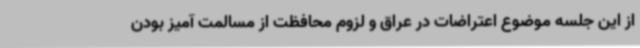
از این جلسه موضوع اعتراضات در عراق و لزوم محافظت از مسالمت آمیز بودن